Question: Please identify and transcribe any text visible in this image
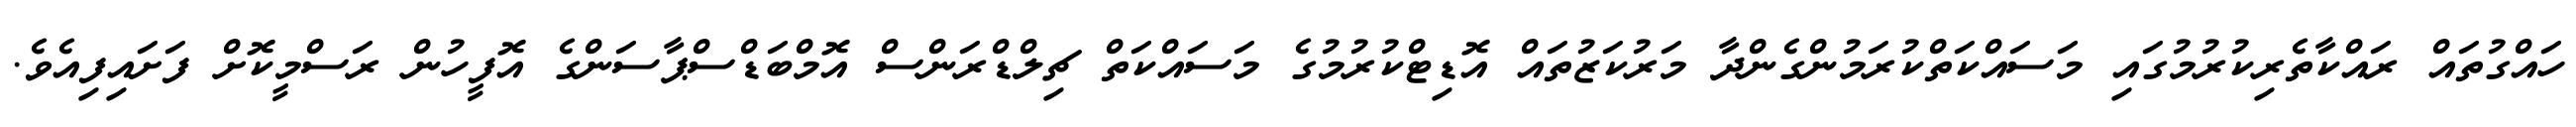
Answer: ހައްގުތައް ރައްކާތެރިކުރުމުގައި މަސައްކަތްކުރަމުންގެންދާ މަރުކަޒުތައް އޮޑިޓްކުރުމުގެ މަސައްކަތް ޗިލްޑްރަންސް އޮމްބަޑްސްޕާސަންގެ އޮފީހުން ރަސްމީކޮށް ފަށައިފިއެވެ.